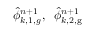
\hat { \phi } _ { k , 1 , g } ^ { n + 1 } , \; \; \hat { \phi } _ { k , \mathrm { 2 , g } } ^ { n + 1 }